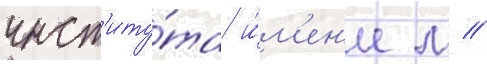
инст'иту́та и́м'ен'и м //